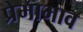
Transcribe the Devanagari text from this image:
प्रेमाभाव